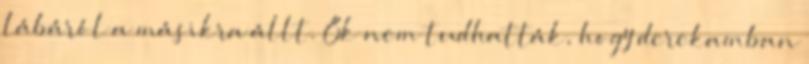
lábáról a másikra állt. Ők nem tudhatták, hogy derekamban